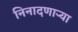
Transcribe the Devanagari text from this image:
निनादणाऱ्या